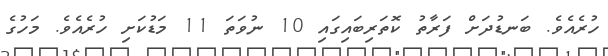
ހުރެއެވެ. ބަނޑުދަށް ފަރާތު ކޮތަރިބައިގައި 10 ނުވަތަ 11 މަޑުކަށި ހުރެއެވެ. މަހުގެ